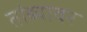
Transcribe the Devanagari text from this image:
तांब्यावर